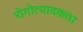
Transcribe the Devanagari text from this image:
रोगोत्पादकता